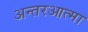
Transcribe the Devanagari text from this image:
अन्तरआत्मा